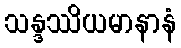
သန္ဒဿိယမာနာနံ